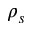
\rho _ { s }